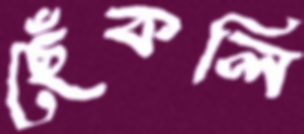
ছেঁকলি